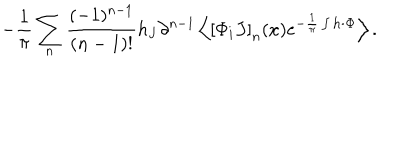
- \frac { 1 } { \pi } \sum _ { n } ^ { } \frac { ( - 1 ) ^ { n - 1 } } { ( n - 1 ) ! } h _ { J } \partial ^ { n - 1 } \left< \left[ \Phi _ { i } J \right] _ { n } ( x ) e ^ { - \frac { 1 } { \pi } \int { \bf h \cdot \Phi } } \right> .